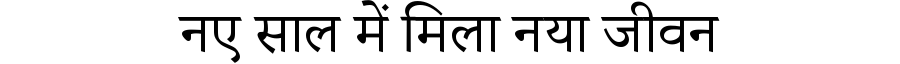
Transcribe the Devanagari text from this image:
नए साल में मिला नया जीवन